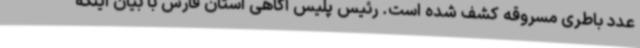
عدد باطری مسروقه کشف شده است. رئیس پلیس آگاهی استان فارس با بیان اینکه